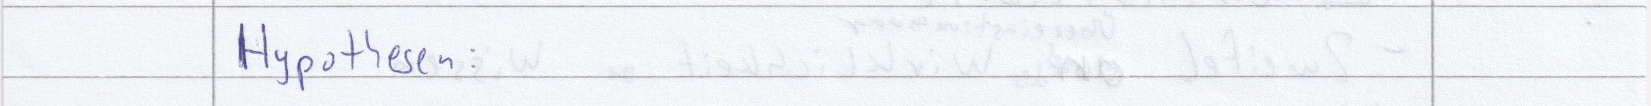
Hypothesen: